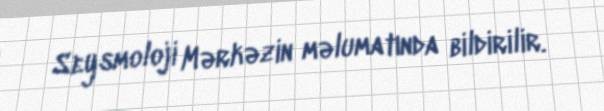
Seysmoloji Mərkəzin məlumatında bildirilir.